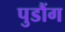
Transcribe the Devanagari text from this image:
पुडौंग